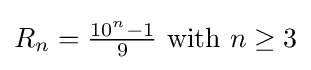
R_{n}={\tfrac {10^{n}-1}{9}}\ {\mbox{with }}n\geq 3